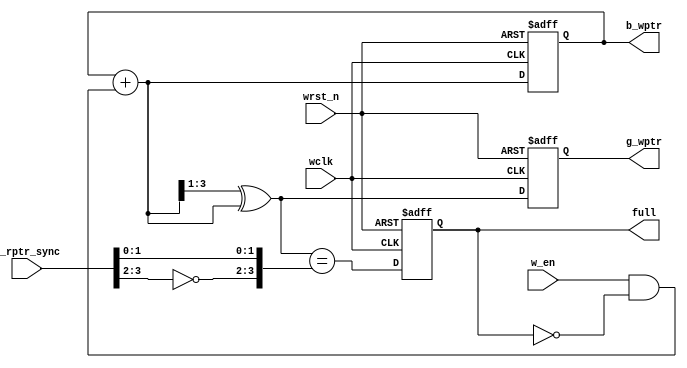
module wptr_handler #(parameter PTR_WIDTH=3) (
  input wclk, wrst_n, w_en,
  input [PTR_WIDTH:0] g_rptr_sync,
  output reg [PTR_WIDTH:0] b_wptr, g_wptr,
  output reg full
);

  wire [PTR_WIDTH:0] b_wptr_next;
  wire [PTR_WIDTH:0] g_wptr_next;
   
  reg wrap_around;
  wire wfull;
  
  assign b_wptr_next = b_wptr+(w_en & !full);
  assign g_wptr_next = (b_wptr_next >>1)^b_wptr_next;
  
  always@(posedge wclk or negedge wrst_n) begin
    if(!wrst_n) begin
      b_wptr <= 0; // set default value
      g_wptr <= 0;
    end
    else begin
      b_wptr <= b_wptr_next; // incr binary write pointer
      g_wptr <= g_wptr_next; // incr gray write pointer
    end
  end
  
  always@(posedge wclk or negedge wrst_n) begin
    if(!wrst_n) full <= 0;
    else        full <= wfull;
  end

  assign wfull = (g_wptr_next == {~g_rptr_sync[PTR_WIDTH:PTR_WIDTH-1], g_rptr_sync[PTR_WIDTH-2:0]});

endmodule